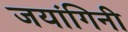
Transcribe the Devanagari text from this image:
जयांगिनी